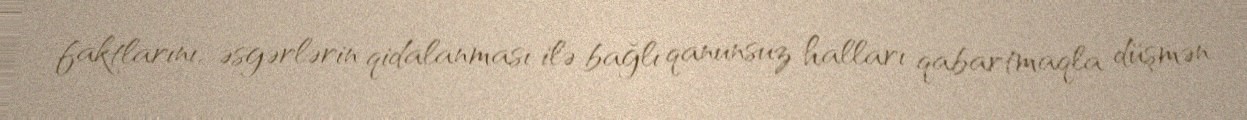
faktlarını, əsgərlərin qidalanması ilə bağlı qanunsuz halları qabartmaqla düşmən